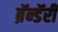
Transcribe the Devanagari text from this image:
ब्रॅन्डॅरी